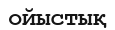
ойыстық